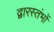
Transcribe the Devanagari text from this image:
द्वारस्तंभों